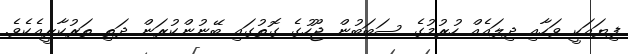
ފިޔައަކީ ވަހާއި ދިލައެއް ހުރުމުގެ ސަބަބުން ޖޫހުގެ ގޮތުގައި ބޭނުންކުރަން ދަތި ތަރުކާރީއެކެވެ.